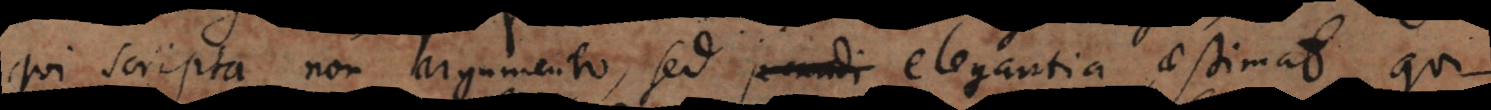
qui scripta non argumento, sed jucundi elegantia aestimat, qui